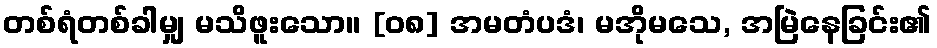
တစ်ရံတစ်ခါမျှ မသိဖူးသော။ [၀၈] အမတံပဒံ၊ မအိုမသေ, အမြဲနေခြင်း၏